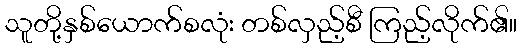
သူတို့နှစ်ယောက်စလုံး တစ်လှည့်စီ ကြည့်လိုက်၏။